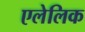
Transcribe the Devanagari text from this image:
एलेलिक